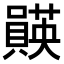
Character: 𫬡